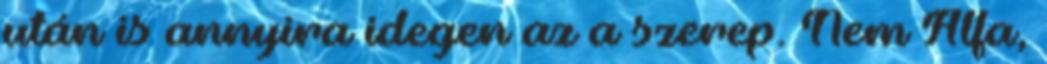
után is annyira idegen az a szerep. Nem Alfa,